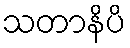
သတာနိပိ